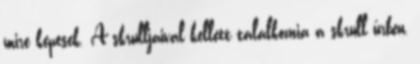
mire képesek. A skrulljaival kellett találkoznia a skrull űrben,